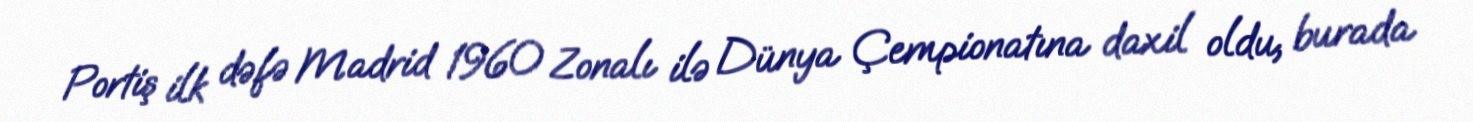
Portiş ilk dəfə Madrid 1960 Zonalı ilə Dünya Çempionatına daxil oldu, burada